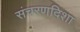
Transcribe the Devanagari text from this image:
संचरणदिशा